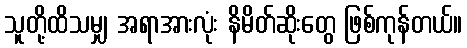
သူတို့ထိသမျှ အရာအားလုံး နိမိတ်ဆိုးတွေ ဖြစ်ကုန်တယ်။